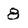
Character: 8